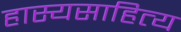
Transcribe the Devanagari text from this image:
हास्यसाहित्य